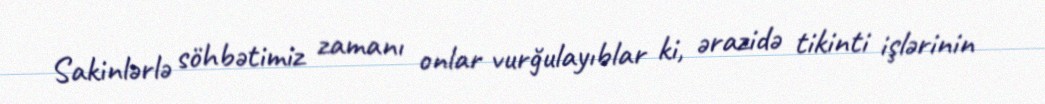
Sakinlərlə söhbətimiz zamanı onlar vurğulayıblar ki, ərazidə tikinti işlərinin